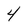
Character: 4